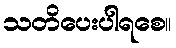
သတိပေးပါရစေ။